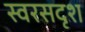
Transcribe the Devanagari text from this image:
स्वरसदृश